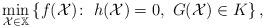
LaTeX: \begin{align*} \min_{\mathcal{X}\in \mathbb{X}}\left\{f(\mathcal{X})\!:\ h(\mathcal{X})=0,\ G(\mathcal{X})\in K\right\}, \end{align*}